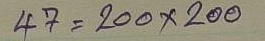
47 = 200 x 200